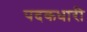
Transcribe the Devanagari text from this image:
पदकधारी